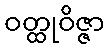
ဝတ္ထုဝိဇ္ဇာ